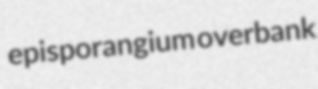
episporangium overbank